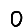
Digit: 0